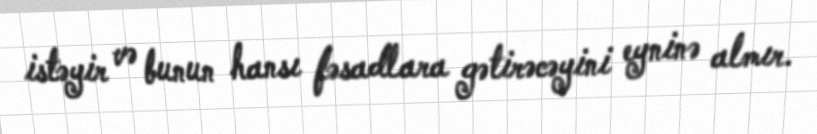
istəyir və bunun hansı fəsadlara gətirəcəyini eyninə almır.